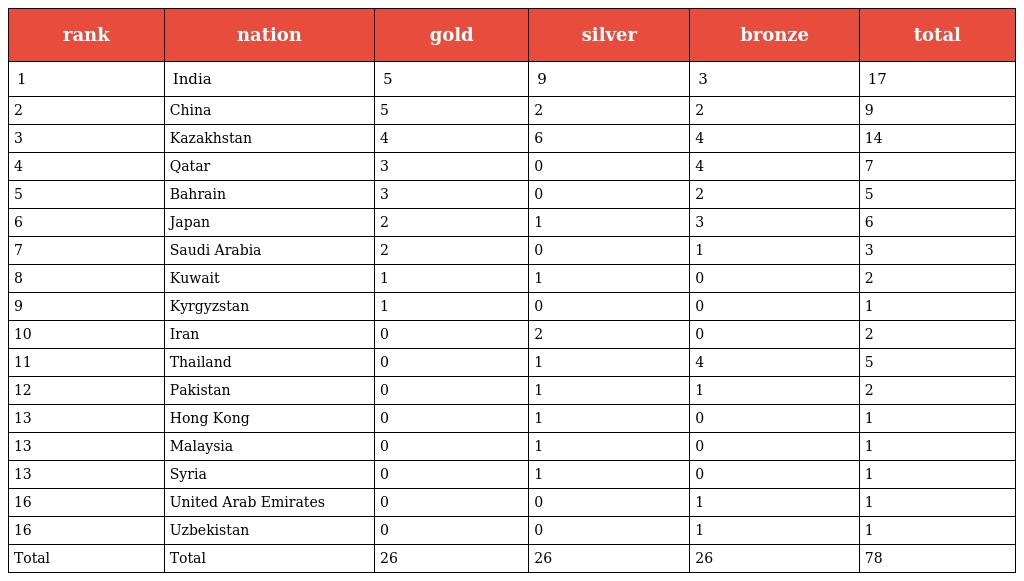
| rank | nation | gold | silver | bronze | total |
 | --- | --- | --- | --- | --- | --- |
 | 1 | India | 5 | 9 | 3 | 17 |
 | 2 | China | 5 | 2 | 2 | 9 |
 | 3 | Kazakhstan | 4 | 6 | 4 | 14 |
 | 4 | Qatar | 3 | 0 | 4 | 7 |
 | 5 | Bahrain | 3 | 0 | 2 | 5 |
 | 6 | Japan | 2 | 1 | 3 | 6 |
 | 7 | Saudi Arabia | 2 | 0 | 1 | 3 |
 | 8 | Kuwait | 1 | 1 | 0 | 2 |
 | 9 | Kyrgyzstan | 1 | 0 | 0 | 1 |
 | 10 | Iran | 0 | 2 | 0 | 2 |
 | 11 | Thailand | 0 | 1 | 4 | 5 |
 | 12 | Pakistan | 0 | 1 | 1 | 2 |
 | 13 | Hong Kong | 0 | 1 | 0 | 1 |
 | 13 | Malaysia | 0 | 1 | 0 | 1 |
 | 13 | Syria | 0 | 1 | 0 | 1 |
 | 16 | United Arab Emirates | 0 | 0 | 1 | 1 |
 | 16 | Uzbekistan | 0 | 0 | 1 | 1 |
 | Total | Total | 26 | 26 | 26 | 78 |